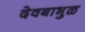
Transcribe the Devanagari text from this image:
देवबाभुळ